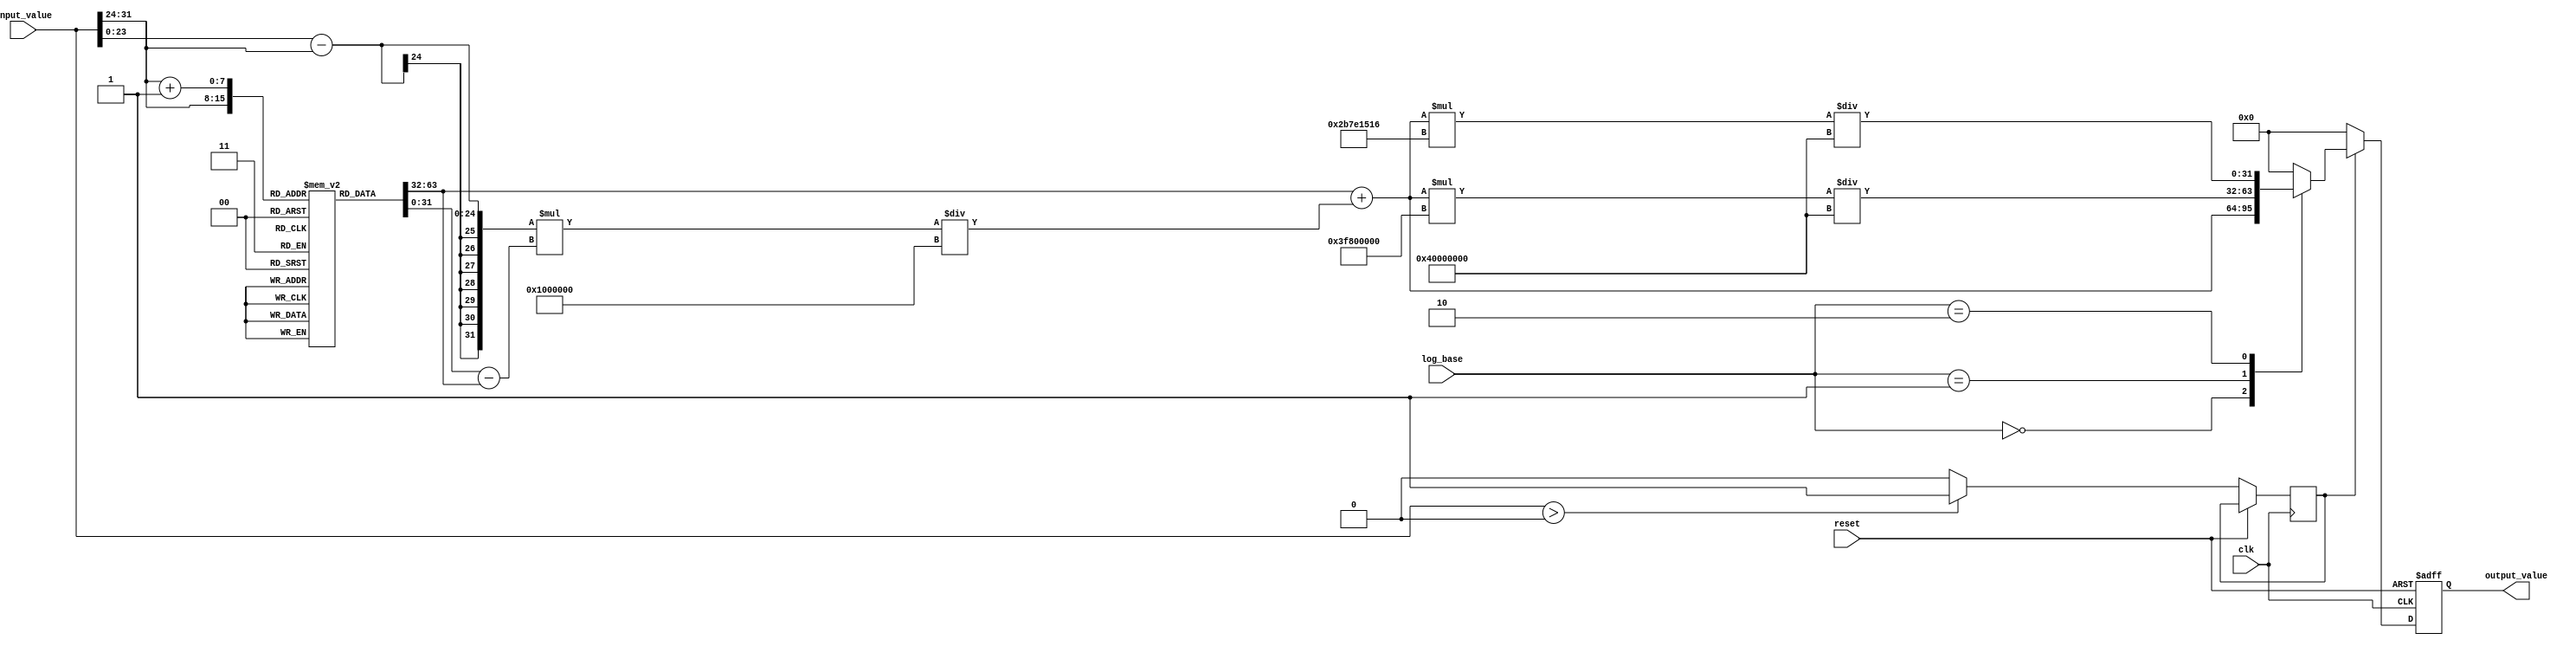
module LogarithmicFunctionGenerator (
    input wire [31:0] input_value, // 32-bit fixed-point input
    input wire [1:0] log_base,     // 00: base 2, 01: base 10, 10: natural log
    output reg [31:0] output_value, // 32-bit fixed-point output
    input wire clk,
    input wire reset
);

    // Parameters
    parameter LUT_SIZE = 256; // Size of LUT
    parameter LUT_WIDTH = 8;   // Width of LUT index
    parameter INPUT_WIDTH = 32; // Input width
    parameter OUTPUT_WIDTH = 32; // Output width

    // Lookup table for log values (base 2)
    reg [31:0] log_lut [0:LUT_SIZE-1]; // LUT for log values
    initial begin
        // Populate the LUT with precomputed logarithmic values
        // Example values for log2(x) where x is in [1, 2]
        // You would need to fill this with actual values
        log_lut[0] = 32'h00000000; // log2(1) = 0
        log_lut[1] = 32'h3f800000; // log2(1.0039) ~ 0.001953
        // ... Fill in the rest of the LUT
        log_lut[255] = 32'h40000000; // log2(2) = 1
    end

    // Internal signals
    reg [LUT_WIDTH-1:0] lut_index; // LUT index
    reg [31:0] lut_value1, lut_value2; // LUT values for interpolation
    reg [31:0] interpolated_value; // Interpolated result
    reg valid_input;

    // Control Logic
    always @(posedge clk or posedge reset) begin
        if (reset) begin
            output_value <= 32'b0;
        end else begin
            // Input validation
            valid_input <= (input_value > 0) ? 1'b1 : 1'b0;

            if (valid_input) begin
                // Normalize input value to LUT index
                // Assuming input_value is in range [1, 2] for LUT
                lut_index = input_value[31:24]; // Use upper bits for index

                // Retrieve LUT values for interpolation
                lut_value1 = log_lut[lut_index];
                lut_value2 = log_lut[lut_index + 1];

                // Linear interpolation
                interpolated_value = lut_value1 + 
                                     ((input_value[23:0] - lut_index) * (lut_value2 - lut_value1)) / (1 << 24);

                // Adjust output based on selected logarithmic base
                case (log_base)
                    2'b00: output_value <= interpolated_value; // log2
                    2'b01: output_value <= (interpolated_value * 32'h3f800000) / 32'h40000000; // log10
                    2'b10: output_value <= (interpolated_value * 32'h2b7e1516) / 32'h40000000; // natural log
                    default: output_value <= 32'b0; // Default case
                endcase
            end else begin
                output_value <= 32'b0; // Invalid input case
            end
        end
    end
endmodule